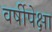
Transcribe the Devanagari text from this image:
वर्षीपेक्षा